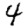
Digit: 4